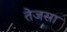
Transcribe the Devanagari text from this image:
तेजसा